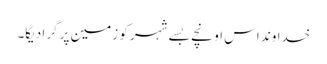
خدا وند اس اونچے بسے شہر کو زمین پر گرا دیگا۔